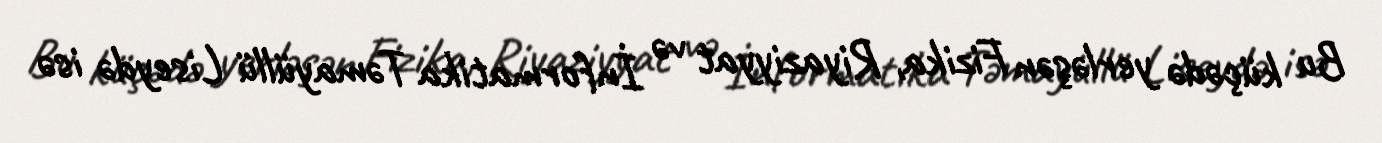
Bu küçədə yerləşən Fizika, Riyaziyyat və İnformatika Təmayüllü Liseydə isə